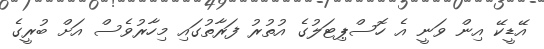
އޭޑީކޭ އިން ވަނީ އެ ހޮސްޕިޓަލުގެ އުތުރު ފަރާތުގައި މިހާރުވެސް އަށް ބުރީގެ